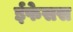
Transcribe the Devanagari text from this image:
ईफेसस